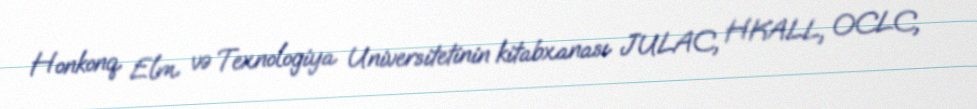
Honkonq Elm və Texnologiya Universitetinin kitabxanası JULAC, HKALL, OCLC,